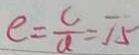
e = \frac { c } { a } = 7 5